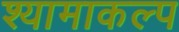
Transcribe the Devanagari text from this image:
श्यामाकल्प